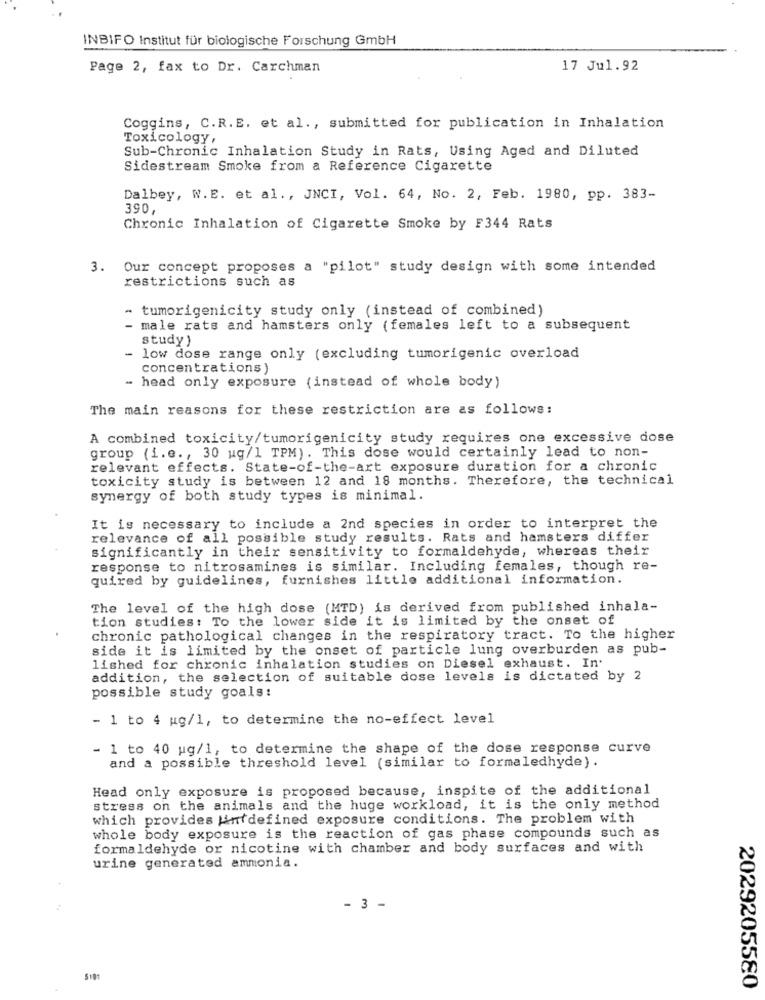
INBIFO Institut für biologische Forschung GmbH
Page 2, fax to Dr. Carchman
17 Jul.92
Coggins, C.R.E. et al ., submitted for publication in Inhalation
Toxicology,
Sub-Chronic Inhalation Study in Rats, Using Aged and Diluted
Sidestream Smoke from a Reference Cigarette
Dalbey, W.E. et al ., JNCI, Vol. 64, No. 2, Feb. 1980, pp. 383-
390,
Chronic Inhalation of Cigarette Smoke by F344 Rats
3. Our concept proposes a "pilot" study design with some intended
restrictions such as
- tumorigenicity study only (instead of combined)
- male rats and hamsters only (females left to a subsequent
study )
- low dose range only (excluding tumorigenic overload
concentrations )
- head only exposure (instead of whole body)
The main reasons for these restriction are as follows:
A combined toxicity/tumorigenicity study requires one excessive dose
group (i.e ., 30 ug/1 TPM) . This dose would certainly lead to non-
relevant effects. State-of-the-art exposure duration for a chronic
toxicity study is between 12 and 18 months. Therefore, the technical
synergy of both study types is minimal.
It is necessary to include a 2nd species in order to interpret the
relevance of all possible study results. Rats and hamsters differ
significantly in their sensitivity to formaldehyde, whereas their
response to nitrosamines is similar. Including females, though re-
quired by guidelines, furnishes little additional information.
The level of the high dose (MTD) is derived from published inhala-
tion studies: To the lower side it is limited by the onset of
chronic pathological changes in the respiratory tract. To the higher
side it is limited by the onset of particle lung overburden as pub-
lished for chronic inhalation studies on Diesel exhaust. In.
addition, the selection of suitable dose levels is dictated by 2
possible study goals:
- 1 to 4 ug/1, to determine the no-effect level
- 1 to 40 ug/1, to determine the shape of the dose response curve
and a possible threshold level (similar to formaledhyde) .
Head only exposure is proposed because, inspite of the additional
stress on the animals and the huge workload, it is the only method
which provides Mintdefined exposure conditions. The problem with
whole body exposure is the reaction of gas phase compounds such as
formaldehyde or nicotine with chamber and body surfaces and with
urine generated ammonia.
- 3 -
5101
2029205580